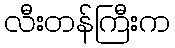
လီးတန်ကြီးက